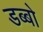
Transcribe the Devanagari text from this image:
डब्बो